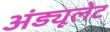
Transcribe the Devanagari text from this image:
अंड्यूलेट